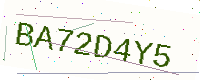
Text: BA72D4Y5